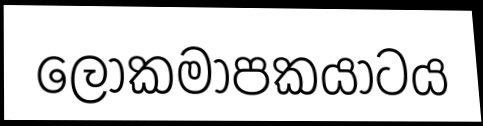
ලෝකමාපකයාටය